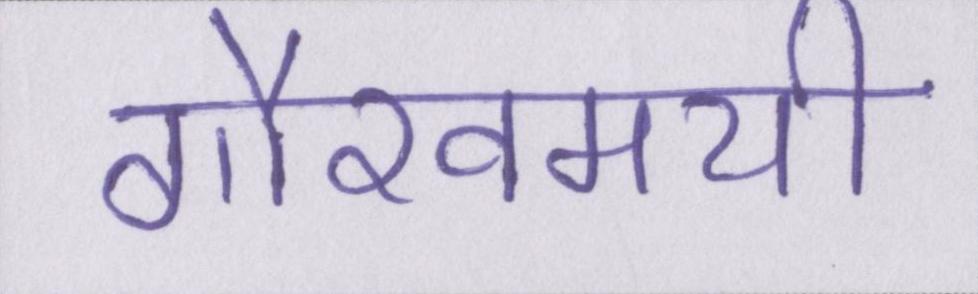
गौरवमयी